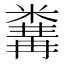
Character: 𥻰